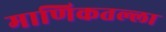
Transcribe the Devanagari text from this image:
माणिकतल्ला